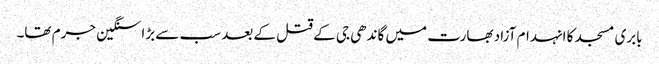
بابری مسجد کا انہدام آزاد بھارت میں گاندھی جی کے قتل کے بعد سب سے بڑا سنگین جرم تھا۔